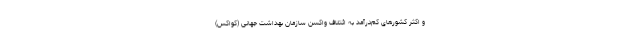
و اکثر کشورهای کم‌درآمد به ائتلاف واکسن سازمان بهداشت جهانی (کواکس)